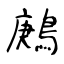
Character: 鶊